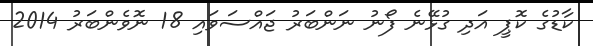
ކާޑުގެ ކޮޕީ އަދި ގުޅޭނެ ފޯނު ނަންބަރު ޖައްސަވައި 18 ނޮވެންބަރު 2014